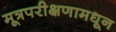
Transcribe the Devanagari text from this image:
मूत्रपरीक्षणामधून